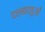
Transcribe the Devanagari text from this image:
दलबदलुओं